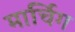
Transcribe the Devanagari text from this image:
मार्चिग